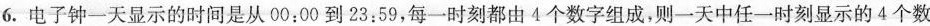
6.电子钟一天显示的时间是从00:00到23:59，每一时刻都由4个数字组成，则一天中任一时刻显示的4个数